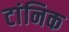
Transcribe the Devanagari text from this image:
टांनिक